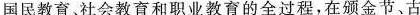
国民教育、社会教育和职业教育的全过程，在颁金节、古